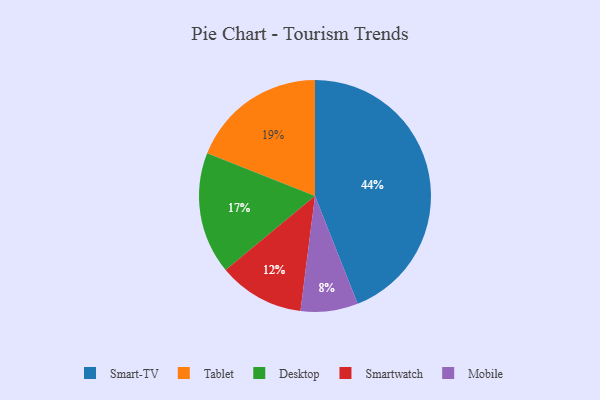
{"axis": {"x": "Category", "y": "Percentage"}, "legend": ["Desktop", "Mobile", "Smart-TV", "Smartwatch", "Tablet"], "data": [{"x": "Smart-TV", "y": 44, "type": "Smart-TV"}, {"x": "Mobile", "y": 8, "type": "Mobile"}, {"x": "Desktop", "y": 17, "type": "Desktop"}, {"x": "Smartwatch", "y": 12, "type": "Smartwatch"}, {"x": "Tablet", "y": 19, "type": "Tablet"}]}